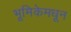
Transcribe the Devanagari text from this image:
भूमिकेमधून